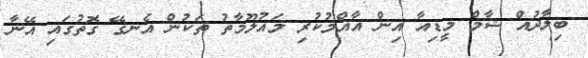
ބިލާދުއް ޝާމް މީޑިއާ އިން އާއްމުކުރި މައުލޫމާތު ތަކުން އެނގޭ ގޮތުގައި އޭނާ